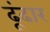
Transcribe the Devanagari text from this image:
ढूंढार